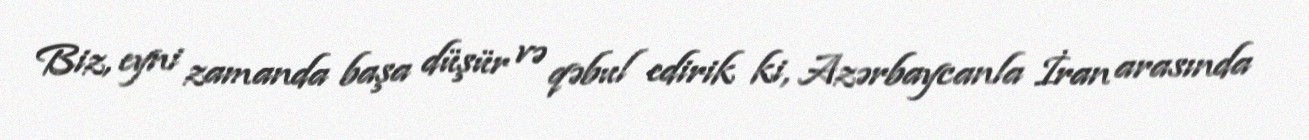
Biz, eyni zamanda başa düşür və qəbul edirik ki, Azərbaycanla İran arasında